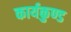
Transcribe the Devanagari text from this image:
कार्यकुण्ड